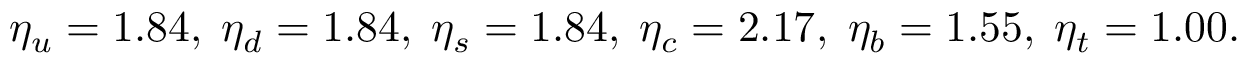
\eta _ { u } = 1 . 8 4 , \; \eta _ { d } = 1 . 8 4 , \; \eta _ { s } = 1 . 8 4 , \; \eta _ { c } = 2 . 1 7 , \; \eta _ { b } = 1 . 5 5 , \; \eta _ { t } = 1 . 0 0 .